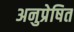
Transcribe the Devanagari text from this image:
अनुप्रेषित